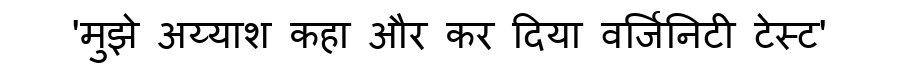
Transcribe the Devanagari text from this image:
'मुझे अय्याश कहा और कर दिया वर्जिनिटी टेस्ट'